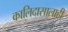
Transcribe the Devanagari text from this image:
कालिदासालाही